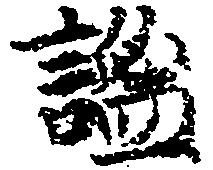
謐